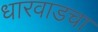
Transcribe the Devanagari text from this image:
धारवाडचा